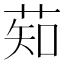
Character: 䓡